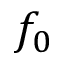
f _ { 0 }